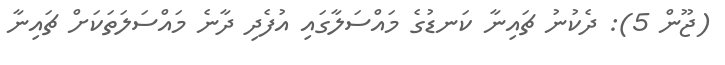
(ޖޫން 5): ދެކުނު ޗައިނާ ކަނޑުގެ މައްސަލާގައި އުފެދި ދާނެ މައްސަލަތަކަށް ޗައިނާ